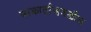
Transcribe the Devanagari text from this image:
जाकार्ताजवळील